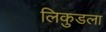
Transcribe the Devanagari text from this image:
लिकुडला